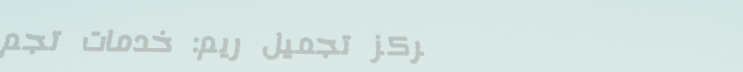
مركز تجميل ريم: خدمات تجم